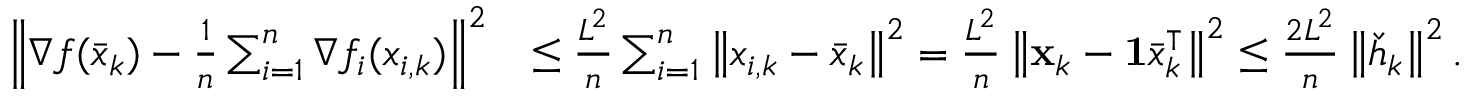
\begin{array} { r l } { \left\Vert \nabla f ( \bar { x } _ { k } ) - \frac { 1 } { n } \sum _ { i = 1 } ^ { n } \nabla f _ { i } ( x _ { i , k } ) \right\Vert ^ { 2 } } & { \leq \frac { L ^ { 2 } } { n } \sum _ { i = 1 } ^ { n } \left\Vert x _ { i , k } - \bar { x } _ { k } \right\Vert ^ { 2 } = \frac { L ^ { 2 } } { n } \left\Vert \mathbf { x } _ { k } - \mathbf { 1 } \bar { x } _ { k } ^ { \intercal } \right\Vert ^ { 2 } \leq \frac { 2 L ^ { 2 } } { n } \left\Vert \check { h } _ { k } \right\Vert ^ { 2 } . } \end{array}